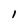
Character: 1